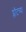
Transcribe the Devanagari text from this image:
प्लॉटच्या